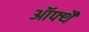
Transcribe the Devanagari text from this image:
ऑफ्थै